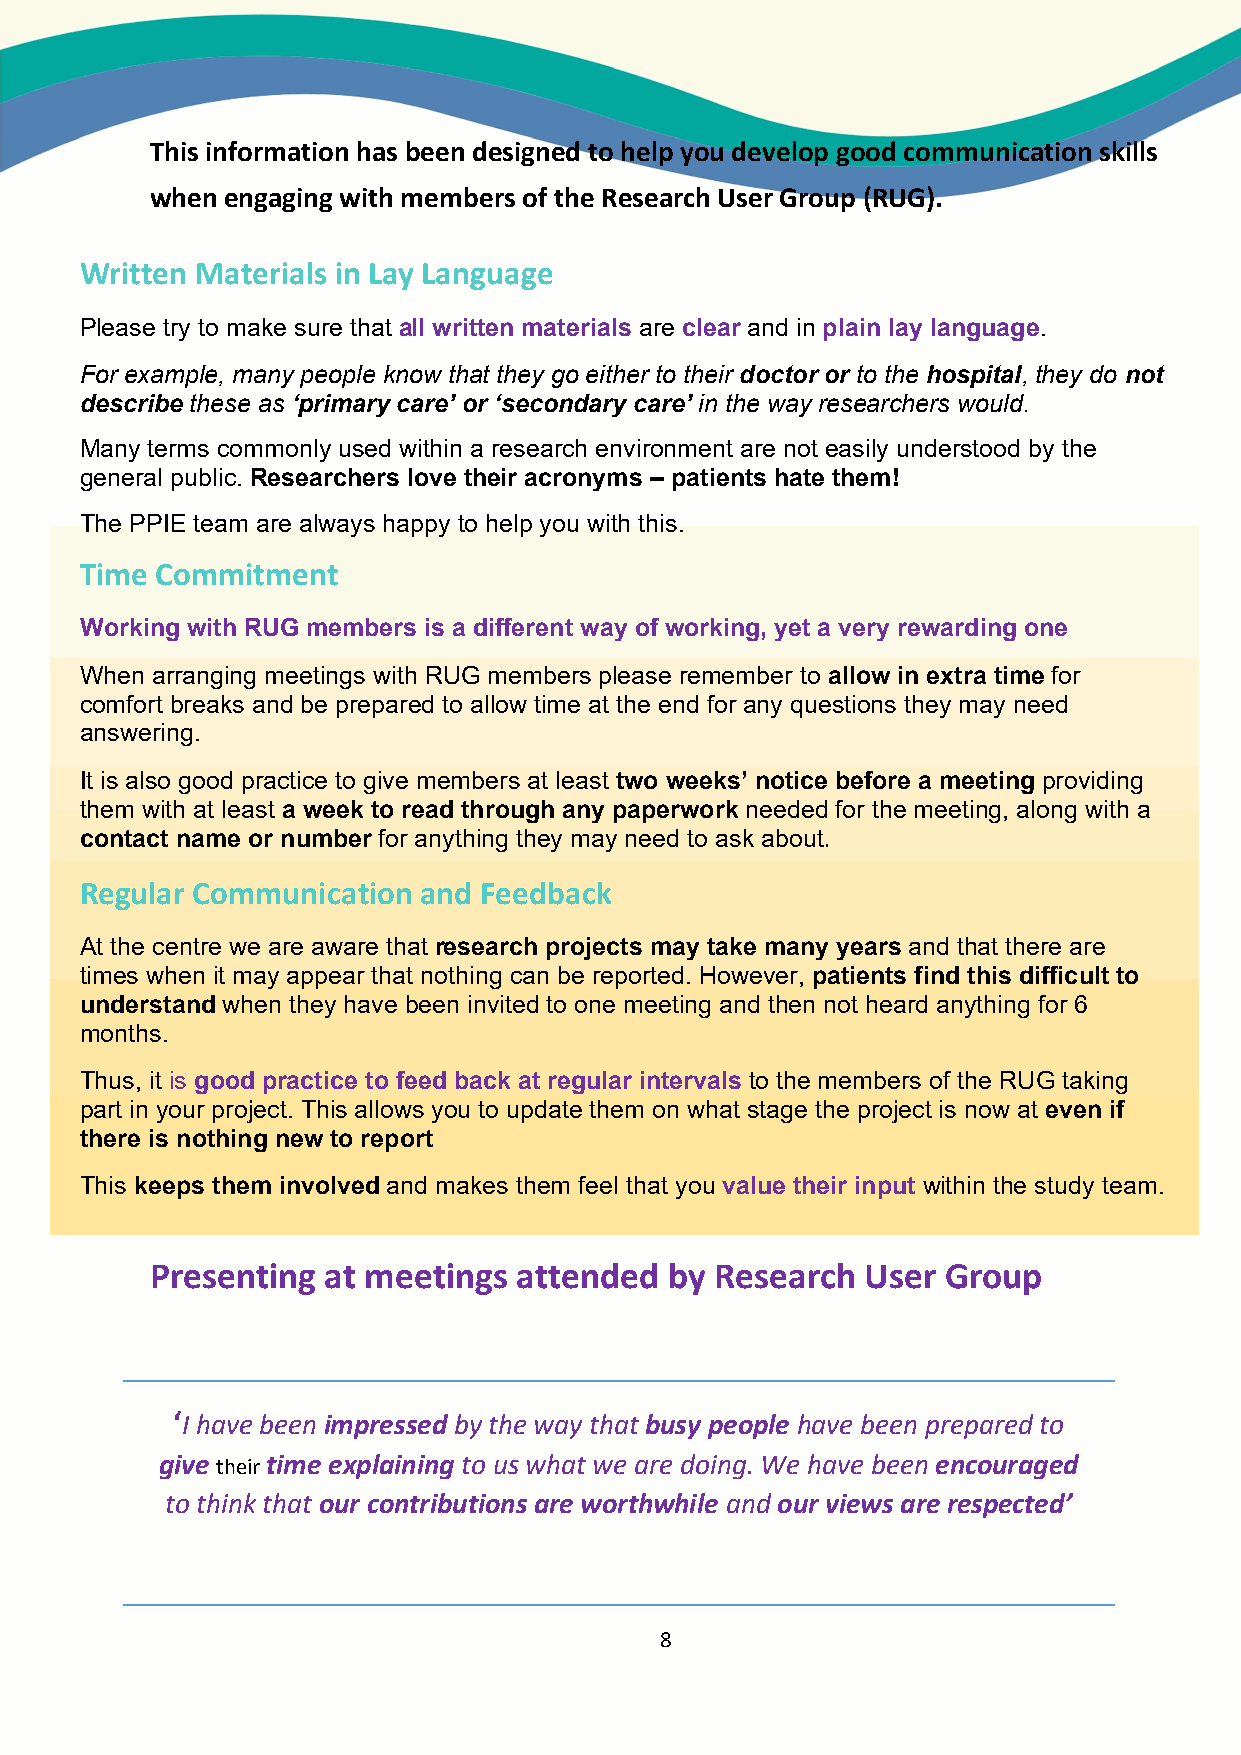
This information has been designed to help you develop good communication skills
 when engaging with members of the Research User Group (RUG).
 Written Materials in Lay Language
 Please try to make sure that all written materials are clear and in plain lay language.
 For example, many people know that they go either to their doctor or to the hospital, they do not
 describe these as ‘primary care’ or ‘secondary care’ in the way researchers would.
 Presenting  at meetings attended  by Research  User  Group
 Many terms commonly used within a research environment are not easily understood by the
 members
 general public. Researchers love their acronyms – patients hate them!
 The PPIE team are always happy to help you with this.
 The following are good practice guidelines on producing materials to present to
 Time mCoemmbmerist mofe tnhte Research User Group (RUG)
 Working with RUG members is a different way of working, yet a very rewarding one
 When arranging meetings with RUG members please remember to allow in extra time for
 comfort breaks and be prepared to allow time at the end for any questions they may need
 answe ring.
 It is als o good practice to give members at least two weeks’ notice before a meeting providing
 them with at least a week to read through any paperwork needed for the meeting, along with a
 contact name or number for anything they may need to ask about.
 Regular Communication  and Feedback
 At the centre we are aware that research projects may take many years and that there are
 times when it may appear that nothing can be reported. However, patients find this difficult to
 understand when they have been invited to one meeting and then not heard anything for 6
 months.
 Thus, it is good practice to feed back at regular intervals to the members of the RUG taking
 part in your project. This allows you to update them on what stage the project is now at even if
 there is nothing new to report
 This keeps them involved and makes them feel that you value their input within the study team.
 Presenting  at meetings attended  by Research  User  Group
 ‘I have been impressed by the way that busy people have been prepared to
 give their time explaining to us what we are doing. We have been encouraged
 to think that our contributions are worthwhile and our views are respected’
 8